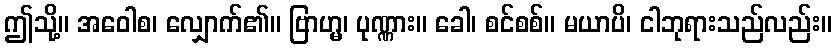
ဤသို့။ အဝေါစ၊ လျှောက်၏။ ဗြာဟ္မ၊ ပုဏ္ဏား။ ခေါ၊ စင်စစ်။ မယာပိ၊ ငါဘုရားသည်လည်း။